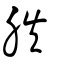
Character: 胅